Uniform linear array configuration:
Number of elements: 16
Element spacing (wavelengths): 0.75
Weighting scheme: cosine
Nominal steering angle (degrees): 0
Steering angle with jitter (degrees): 1.83
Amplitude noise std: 0.05
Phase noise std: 0.05

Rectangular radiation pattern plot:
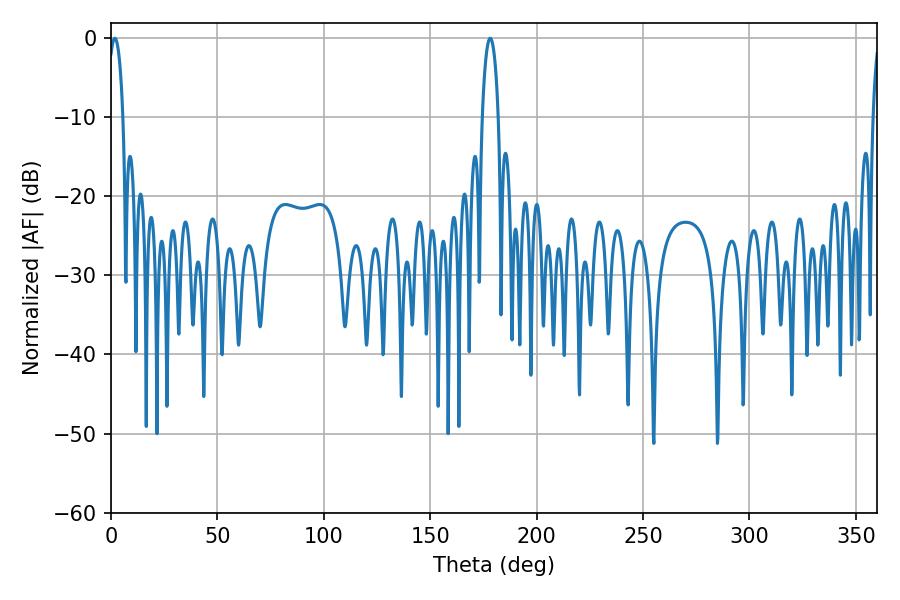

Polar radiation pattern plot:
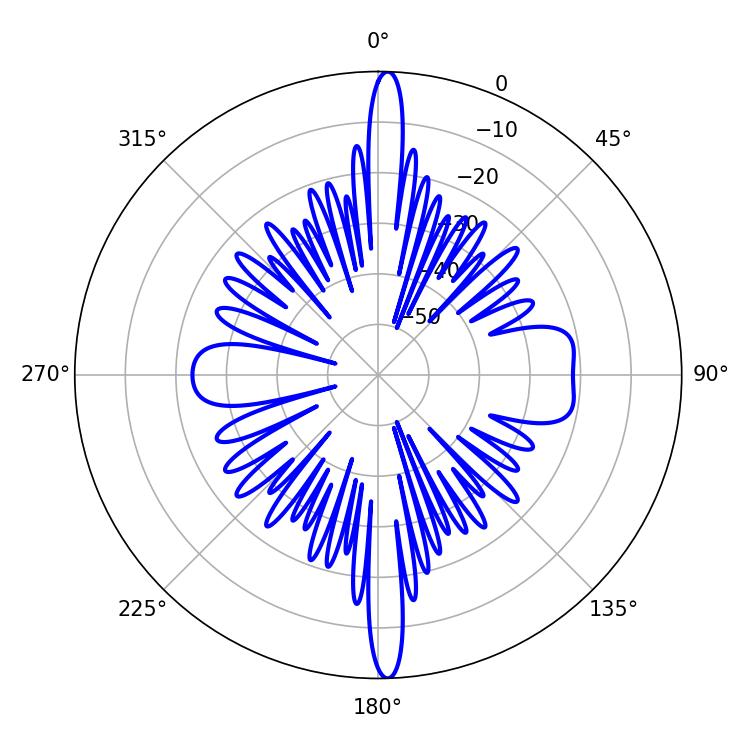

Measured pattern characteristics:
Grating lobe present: TRUE
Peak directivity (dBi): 24.478
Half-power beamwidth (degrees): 3.96
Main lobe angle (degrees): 1.8